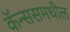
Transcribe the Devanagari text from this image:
कॅन्ससमधील